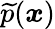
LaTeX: \widetilde{p}(\boldsymbol{x})